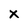
Character: X